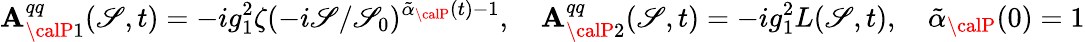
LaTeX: \mathbf{A}_{{\calP}1}^{qq}(\mathscr{S},t)=-ig_{1}^{2}\zeta(-i\mathscr{S}/\mathscr{S}_{0})^{\tilde{{\alpha}}_{\calP}(t)-1},\quad\mathbf{A}_{{\calP}2}^{qq}(\mathscr{S},t)=-ig_{1}^{2}L(\mathscr{S},t),\quad\tilde{{\alpha}}_{\calP}(0)=1